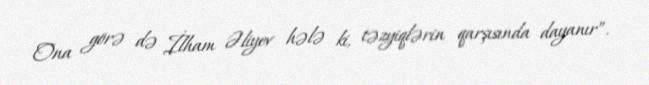
Ona görə də İlham Əliyev hələ ki, təzyiqlərin qarşısında dayanır”.